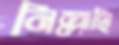
নিল্লাহি